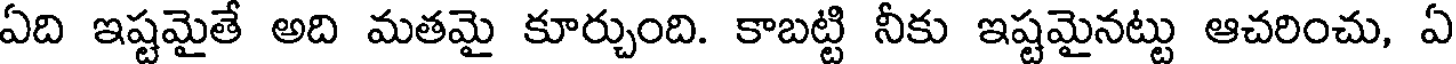
ఏది ఇష్టమైతే అది మతమై కూర్చుంది. కాబట్టి నీకు ఇష్టమైనట్టు ఆచరించు, ఏ